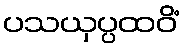
ပသယှပ္ပထဝိံ